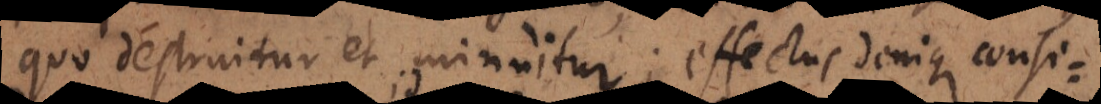
quo destruitur et minuitur; effectus denique consi